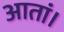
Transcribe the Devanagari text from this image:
आतां।